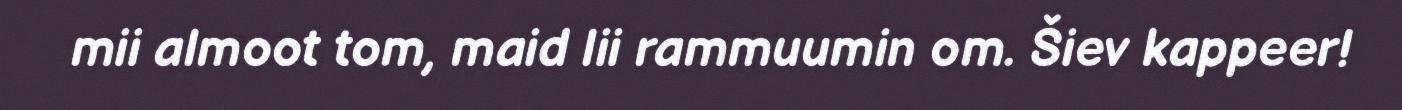
mii almoot tom, maid lii rammuumin om. Šiev kappeer!